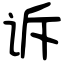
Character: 诉